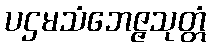
ပဌမသံဘေဇ္ဇသုတ္တံ